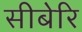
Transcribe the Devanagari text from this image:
सीबेरि